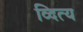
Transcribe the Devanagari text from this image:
व्दित्य